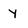
Character: y